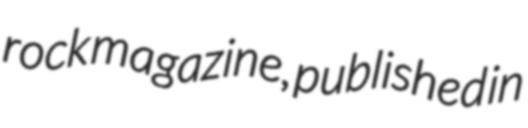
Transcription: rock magazine, published in